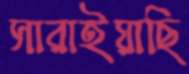
সারাইয়াছি